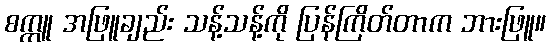
စက္ကူ အဖြူချည်း သန့်သန့်ကို ပြန်ကြိတ်တာက ဘားဖြူ။